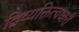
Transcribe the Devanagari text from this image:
द्विव्यक्तित्वधारी